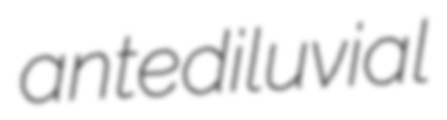
antediluvial